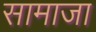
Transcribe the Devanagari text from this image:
सामाजा